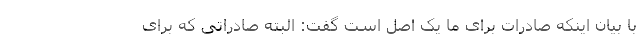
با بیان اینکه صادرات برای ما یک اصل است گفت: البته صادراتی که برای